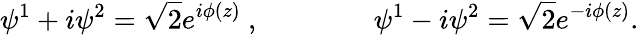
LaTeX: \psi^{1}+i\psi^{2}=\sqrt 2e^{i\phi(z)}\ ,\qquad\qquad\psi^{1}-i\psi^{2}=\sqrt 2e^{-i\phi(z)}.